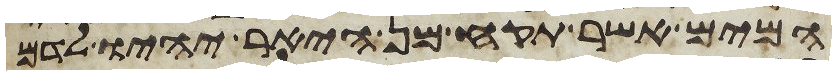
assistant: המים אשר תקח מן היאר יהיו לדם